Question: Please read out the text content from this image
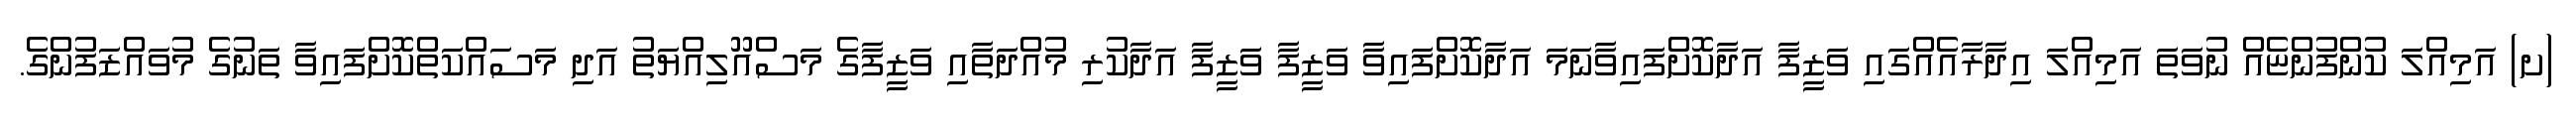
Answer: (ށ) އަމިއްލަ ކުންފުންޏެއް ނުވަތަ އަމިއްލަ އިދާރާއެއްގައި ވަޒީފާ އަދާކޮށްފައިވާނަމަ އަދާކޮށްފައިވާ ވަޒީފާ ވަޒީފާ އަދާކުރި މުއްދަތާއި ވަޒީފާގެ މަސްއޫލިއްޔަތު އަދި މަސައްކަތްކޮށްފައިވާ ތަނުގެ މުވައްޒަފުންގެ.